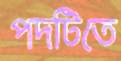
পদটিতে